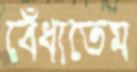
বেঁধাতেম